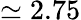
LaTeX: \simeq 2.75